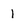
Character: 1